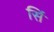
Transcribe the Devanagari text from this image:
सिं